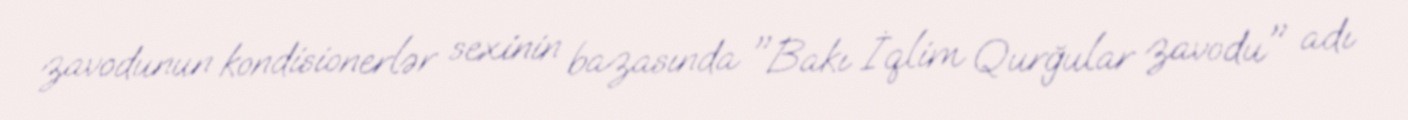
zavodunun kondisionerlər sexinin bazasında "Bakı İqlim Qurğular zavodu" adı